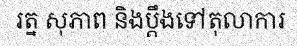
រត្ន សុភាព និងប្តឹងទៅតុលាការ